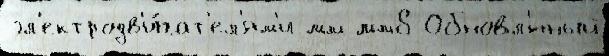
эл'ектродв'и́гат'ел'ям'и мм мм8 Обновл'́нный